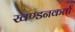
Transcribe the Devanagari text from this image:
खण्डनकर्ता